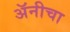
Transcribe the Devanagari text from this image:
अॅनीचा